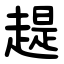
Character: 趧